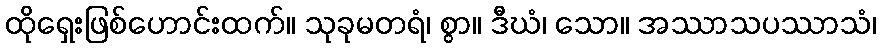
ထိုရှေးဖြစ်ဟောင်းထက်။ သုခုမတရံ၊ စွာ။ ဒီဃံ၊ သော။ အဿာသပဿာသံ၊